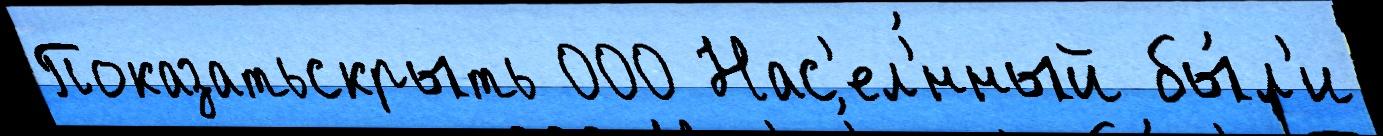
Показатьскрыть 000 Нас'ел'́нный бы́л'и